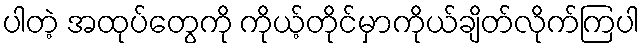
ပါတဲ့ အထုပ်တွေကို ကိုယ့်တိုင်မှာကိုယ်ချိတ်လိုက်ကြပါ